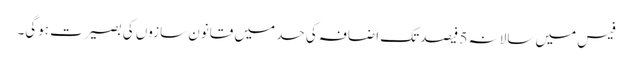
فیس میں سالانہ 5 فیصد تک اضافہ کی حد میں قانون سازوں کی بصیرت ہوگی۔